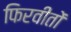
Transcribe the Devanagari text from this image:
फिरवीतों